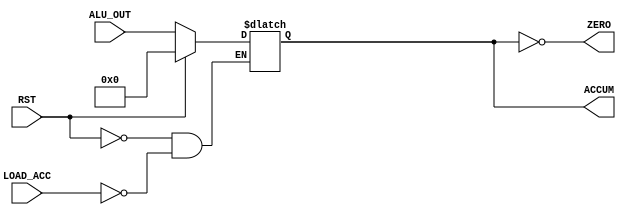
module ACCUMULATOR(ALU_OUT,LOAD_ACC,RST,ACCUM,ZERO);
//
input[7:0] ALU_OUT;//
input LOAD_ACC;
input RST;
output[7:0] ACCUM;
reg[7:0] ACCUM;

output ZERO;
assign ZERO=!ACCUM;

always@(*)begin
	if(RST)begin
		ACCUM<=8'b00000000;
	end
	
	else if(LOAD_ACC)begin
		ACCUM<=ALU_OUT;
	end
	
	else begin
		ACCUM<=ACCUM;
	end
end
endmodule